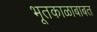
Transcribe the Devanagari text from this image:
भूतकाळाबाबत